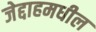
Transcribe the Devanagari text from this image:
जेद्दाहमधील